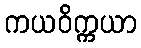
ကယဝိက္ကယာ